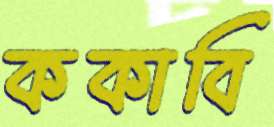
ককাবি